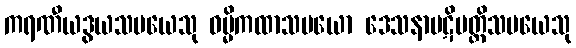
ကရဏီယဒွယသမယေသု ဓမ္မိကထာသမယော ဒေသနာပဋိပတ္တိသမယေသု